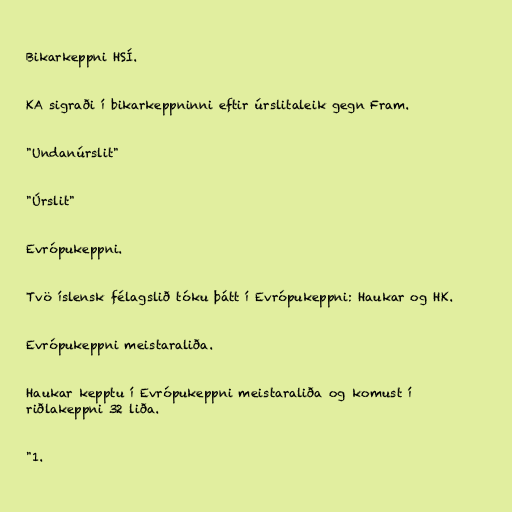
Bikarkeppni HSÍ.

KA sigraði í bikarkeppninni eftir úrslitaleik gegn Fram.

"Undanúrslit"

"Úrslit"

Evrópukeppni.

Tvö íslensk félagslið tóku þátt í Evrópukeppni: Haukar og HK.

Evrópukeppni meistaraliða.

Haukar kepptu í Evrópukeppni meistaraliða og komust í
riðlakeppni 32 liða.

"1.